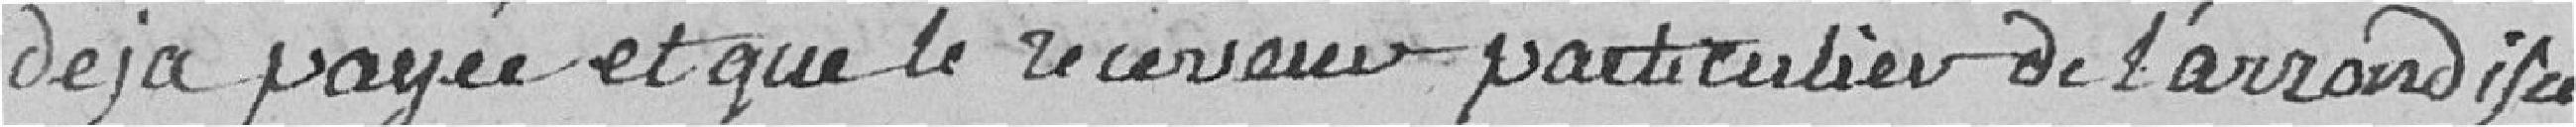
déjà payée et que le receveur particulier de l'arrondisse-